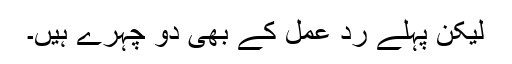
لیکن پہلے رد عمل کے بھی دو چہرے ہیں۔